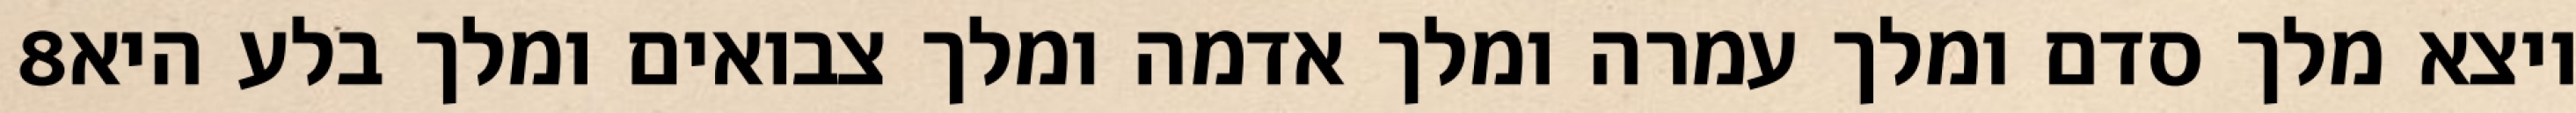
‎8‏ ויצא מלך סדם ומלך עמרה ומלך אדמה ומלך צבואים ומלך בלע היא